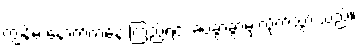
ကျွန်မ နောက်ကနေ ကြည့်ရင်း ခပ်ခွာခွာမှ လိုက်သွားသည်။